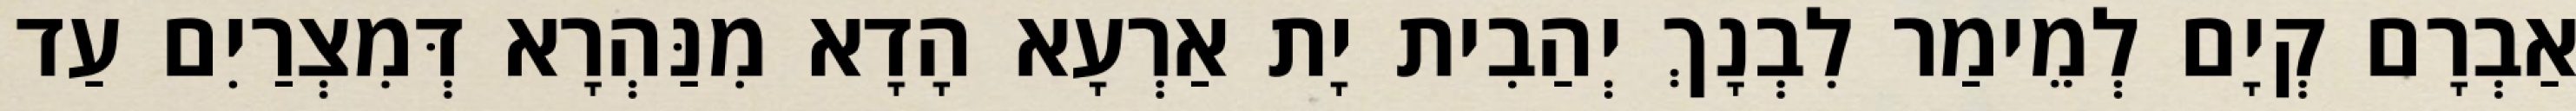
אַבְרָם קְיָם לְמֵימַר לִבְנָךְ יְהַבִית יָת אַרְעָא הָדָא מִנַּהְרָא דְּמִצְרַיִם עַד